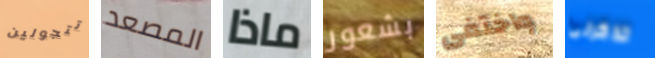
تتجولين المصعد ماذا بشعور واختفى تذكرنى